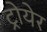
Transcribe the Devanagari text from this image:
ट्रोयेर